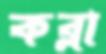
কব্‌লা